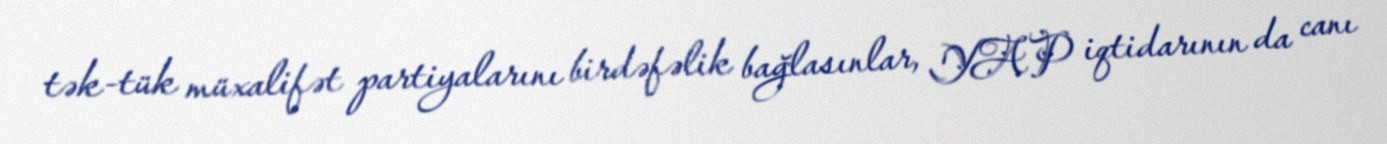
tək-tük müxalifət partiyalarını birdəfəlik bağlasınlar, YAP iqtidarının da canı